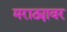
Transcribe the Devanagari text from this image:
मराठ्यावर